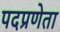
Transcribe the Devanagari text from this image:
पदप्रणेता